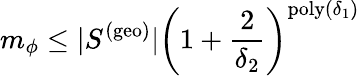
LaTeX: m_{\phi}\leq|S^{\mathrm{(geo)}}|\left(1+\frac{2}{\delta_{2}}\right)^{\mathrm{poly}(\delta_{1})}